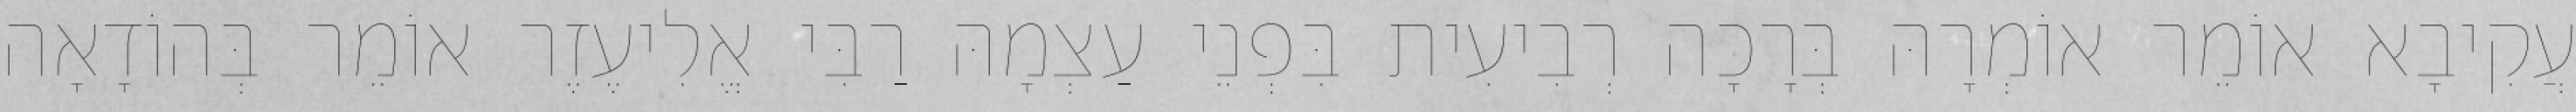
עֲקִיבָא אוֹמֵר אוֹמְרָהּ בְּרָכָה רְבִיעִית בִּפְנֵי עַצְמָהּ רַבִּי אֱלִיעֶזֶר אוֹמֵר בְּהוֹדָאָה